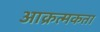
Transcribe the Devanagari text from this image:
आक्रत्मकता